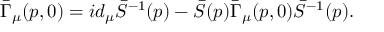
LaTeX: \bar { \Gamma } _ { \mu } ( p , 0 ) = i d _ { \mu } \bar { S } ^ { - 1 } ( p ) - \bar { S } ( p ) \bar { \Gamma } _ { \mu } ( p , 0 ) \bar { S } ^ { - 1 } ( p ) .